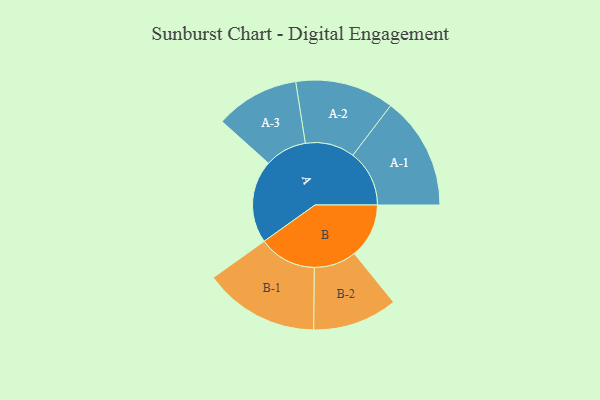
{"axis": {"x": "Segment", "y": "Value"}, "legend": ["", "A", "B"], "data": [{"x": "A", "y": 399, "type": ""}, {"x": "B", "y": 263, "type": ""}, {"x": "A-1", "y": 272, "type": "A"}, {"x": "A-2", "y": 238, "type": "A"}, {"x": "A-3", "y": 202, "type": "A"}, {"x": "B-1", "y": 278, "type": "B"}, {"x": "B-2", "y": 204, "type": "B"}]}